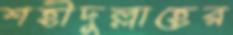
শহীদুল্লাহের